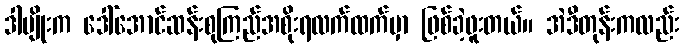
ဒါမျိုးက ဒေါ်အောင်ဆန်းစုကြည်အစိုးရလက်ထက်မှာ ဖြစ်ခဲ့ဖူးတယ်။ အဲဒီတုန်းကလည်း